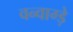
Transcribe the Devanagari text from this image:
वन्वाग्ड़े